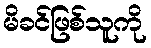
မိခင်ဖြစ်သူကို